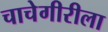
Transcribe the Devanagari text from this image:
चाचेगीरीला